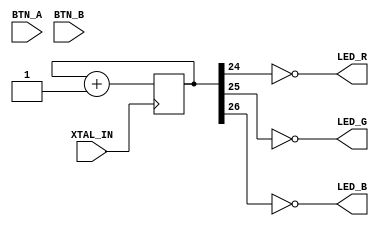
/* Clock test
   17/03/2021

   BTN_A   => IOB6B   (pin 15) (active low)
   BTN_B   => IOB3B   (pin 14) (active low)

   XTAL_IN => GCLKT_2 (pin 35) ( 24MHz )

   LED_R   => IOB10B  (pin 18) (active low)
   LED_G   => IOB7A   (pin 16) (active low)
   LED_B   => IOB10A  (pin 17) (active low)

*/

module clock (
    input XTAL_IN, BTN_A, BTN_B,
    output LED_R, LED_G, LED_B);

    reg [31:0] counter = 0;
    assign LED_R = ~counter[24];
    assign LED_G = ~counter[25];
    assign LED_B = ~counter[26];


    always @(posedge XTAL_IN) begin
        counter <= counter + 1;
    end

endmodule